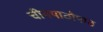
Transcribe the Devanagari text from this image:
चीनपाठोपाठ